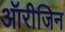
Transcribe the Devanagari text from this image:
ऑरीजिन